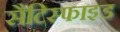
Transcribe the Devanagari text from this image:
सैटिस्फाइड